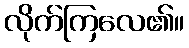
လိုက်ကြလေ၏။